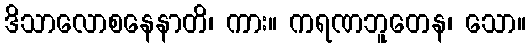
ဒိသာလောစနေနာတိ၊ ကား။ ကရဏဘူတေန၊ သော။